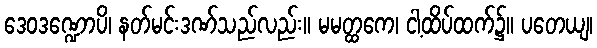
ဒေဝဒဏ္ဍောပိ၊ နတ်မင်းဒဏ်သည်လည်း။ မမတ္ထကေ၊ ငါ့ထိပ်ထက်၌။ ပတေယျ၊